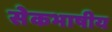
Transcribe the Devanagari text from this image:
सेेकभाषीय